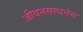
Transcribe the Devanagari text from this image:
जीवनसाधनेस